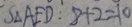
S _ { \Delta } A E D : 8 + 2 = 1 0